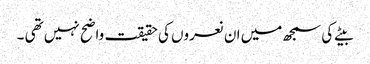
بیٹے کی سمجھ میں ان نعروں کی حقیقت واضح نہیں تھی ۔